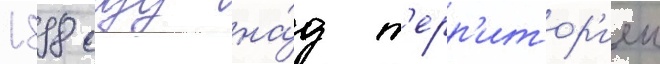
1898 году на́д т'ерр'итор'иеи